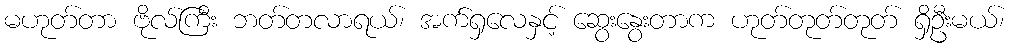
မဟုတ်တာ ဗိုလ်ကြီး ဘတ်တလာရယ်၊ အက်ရှလေနှင့် ဆွေးနွေးတာက ဟုတ်တုတ်တုတ် ရှိဦးမယ်၊